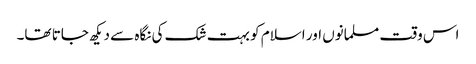
اس وقت مسلمانوں اور اسلام کو بہت شک کی نگاہ سے دیکھ جاتا تھا۔